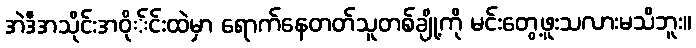
အဲဒီအသိုင်းအဝို်င်းထဲမှာ ရောက်နေတတ်သူတစ်ချို့ကို မင်းတွေ့ဖူးသလားမသိဘူး။